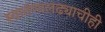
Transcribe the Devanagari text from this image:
स्वातंत्र्यलढ्याचीही